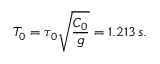
T _ { 0 } = \tau _ { 0 } \sqrt { \frac { C _ { 0 } } { g } } = 1 . 2 1 3 \, s .